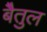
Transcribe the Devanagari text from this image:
बेैतुल